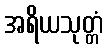
အရိယသုတ္တံ